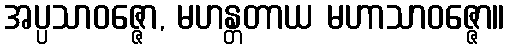
အပ္ပသာဝဇ္ဇော, မဟန္တတာယ မဟာသာဝဇ္ဇော။